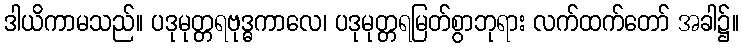
ဒါယိကာမသည်။ ပဒုမုတ္တရဗုဒ္ဓကာလေ၊ ပဒုမုတ္တရမြတ်စွာဘုရား လက်ထက်တော် အခါ၌။